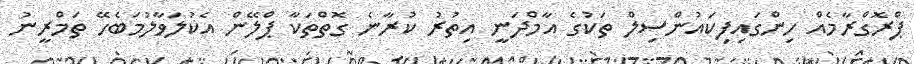
ޕްރޮގްރާމެއް ހިންގައިފިކައުންސިލް ތަކުގެ އާމްދަނީ އިތުރު ކުރާނެ ގޮތްތަކާ ޕްލޭން އެކުލަވާލުމަބެހޭ ތަމްރީނު